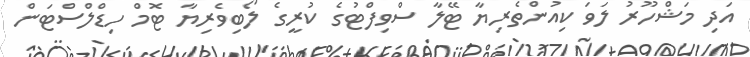
އަދި މަޝްހޫރު ލަވަ ކިއުންތެރިޔާ ޓޭލާ ސްވިފްޓުގެ ކުރީގެ ލޯބިވެރިޔާ ޓޮމް ހިޑްލްސްޓަން